Report of the Hyderabad Chloroform Commission
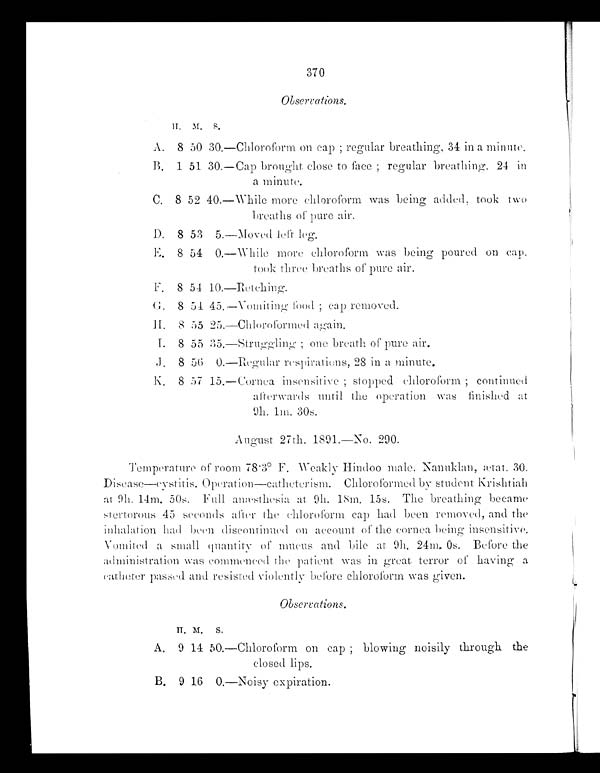
370
Observations.
H M.
S.
A.
8 50 30. —Chloroform on cap ; regular breathing, 34 in a minute.
B.
1 51 30.
—Cap brought close to face ; regular breathing. 24 in
a minute.
C.
8 52 40. —While more chloroform was being added, took two
breaths of pure air.
D.
8 53 5. —Moved left leg.
E.
8 54 0.
—While more chloroform was being poured on cap.
took three breaths of pure air.
F.
8 54 10. —Retching.
G . 8 54 45. —Vomiting food ; cap removed.
H . 8 55 25. —Chloroformed again.
I.
8 55 35. —Struggling; one breath of pure air.
J.
8 56
0. —Regular respirations, 28 in a minute.
K.
8 57
15.
—Cornea insensitive ; stopped chloroform ; continued
afterwards until the operation was finished at
9h. 1m. 30s.
August 27th. 1891.—No. 290.
Temperature of room 78.3° F. Weakly Hindoo male. Nanuklan, ætat. 30.
Disease—cystitis. Operation—catheterism. Chloroformed by student Krishtiah
at 9h. 14m. 50s. Full anæsthesia at 9h. 18m. 15s. The breathing became
stertorous 45 seconds after the chloroform cap had been removed, and the
inhalation had been discontinued on account of the cornea being insensitive.
Vomited a small quantity of mucus and bile at 9h. 24m. 0s. Before the
administration was commenced the patient was in great terror of having a
catheter passed and resisted violently before chloroform was given.
Observations.
H M. S.
A.
9 14
5 0 .
—Chloroform on cap ; blowing noisily through the
closed lips.
B. 9 16
0 .
—Noisy expiration.